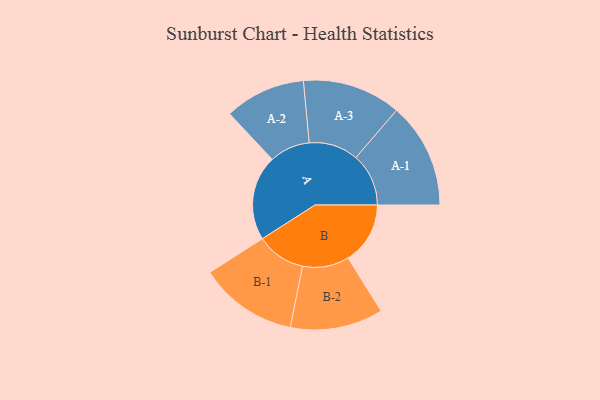
{"axis": {"x": "Segment", "y": "Value"}, "legend": ["", "A", "B"], "data": [{"x": "A", "y": 471, "type": ""}, {"x": "B", "y": 344, "type": ""}, {"x": "A-1", "y": 292, "type": "A"}, {"x": "A-2", "y": 224, "type": "A"}, {"x": "A-3", "y": 273, "type": "A"}, {"x": "B-1", "y": 272, "type": "B"}, {"x": "B-2", "y": 257, "type": "B"}]}